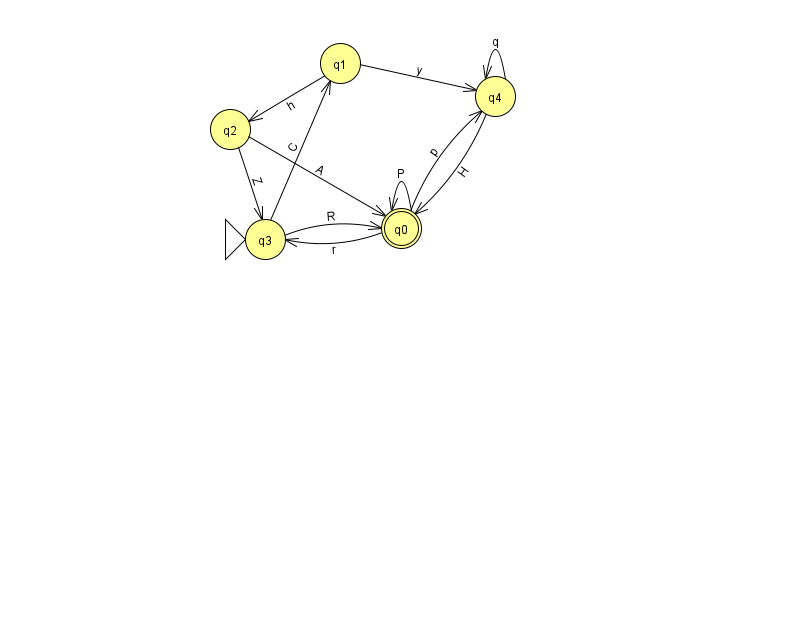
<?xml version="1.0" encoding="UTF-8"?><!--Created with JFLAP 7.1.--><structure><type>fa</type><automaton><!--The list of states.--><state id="0" name="q0"><x>401.0</x><y>215.0</y><final/></state><state id="1" name="q1"><x>340.0</x><y>50.0</y></state><state id="2" name="q2"><x>230.0</x><y>116.0</y></state><state id="3" name="q3"><x>265.0</x><y>226.0</y><initial/></state><state id="4" name="q4"><x>495.0</x><y>83.0</y></state><!--The list of transitions.--><transition><from>0</from><to>0</to><read>P</read></transition><transition><from>0</from><to>3</to><read>r</read></transition><transition><from>3</from><to>0</to><read>R</read></transition><transition><from>4</from><to>4</to><read>q</read></transition><transition><from>4</from><to>0</to><read>H</read></transition><transition><from>2</from><to>3</to><read>Z</read></transition><transition><from>3</from><to>1</to><read>C</read></transition><transition><from>1</from><to>4</to><read>y</read></transition><transition><from>0</from><to>4</to><read>p</read></transition><transition><from>1</from><to>2</to><read>h</read></transition><transition><from>2</from><to>0</to><read>A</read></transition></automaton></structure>